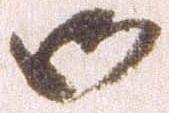
御